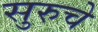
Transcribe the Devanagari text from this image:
सुरुचे